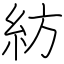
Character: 紡